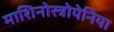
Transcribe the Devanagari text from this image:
माशिनोस्त्रोयेनिया